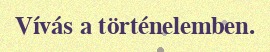
Vívás a történelemben.